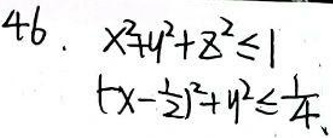
46. \(x^{2}+y^{2}+z^{2}\leq1\)

\((x - \frac{1}{2})^{2}+y^{2}\leq\frac{1}{4}\)